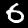
Digit: 6